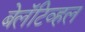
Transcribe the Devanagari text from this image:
बेलॅटिव्हल